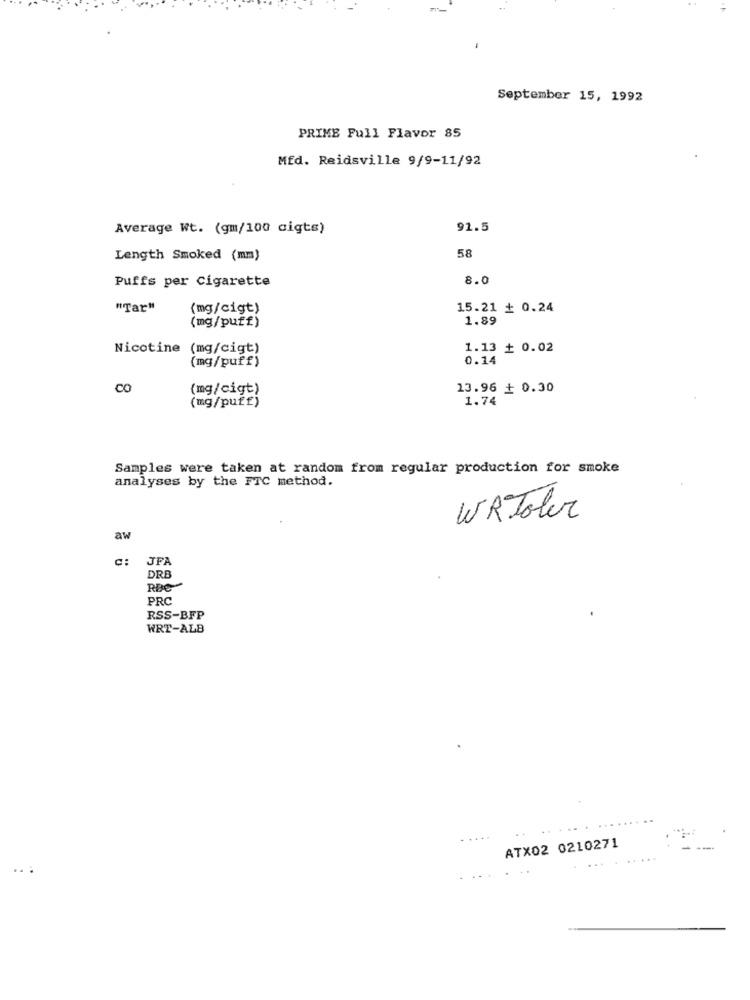
September 15, 1992
PRIME Full Flavor 85
Mfd. Reidsville 9/9-11/92
Average Wt. (gm/100 cigts)
91.5
58
Length Smoked (mm)
Puffs per Cigarette
8.0
"Tar"
(mg/cigt)
15.21 + 0.24
(mg/puff)
1.89
Nicotine (mg/cigt)
1.13 + 0.02
(mg/puff)
0.14
CO
(mg/cigt)
13.96 + 0.30
1.74
(mg/puff)
Samples were taken at random from regular production for smoke
analyses by the FTC method.
WR Toler
aw
c:
JFA
DRE
RDC
PRC
RSS-BFP
WRT-ALB
ATX02 0210271